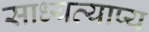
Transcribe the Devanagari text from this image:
साध्यव्याप्य